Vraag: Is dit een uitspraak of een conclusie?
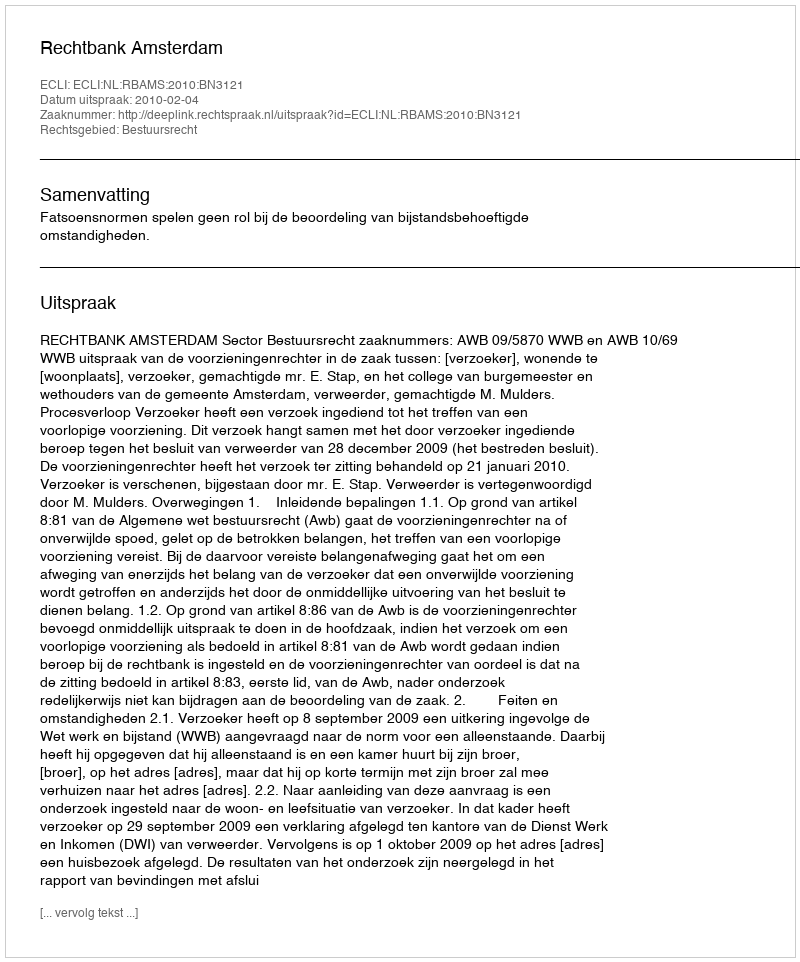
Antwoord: Uitspraak